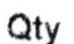
QTY